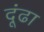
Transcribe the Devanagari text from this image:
दूंढा